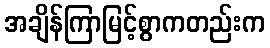
အချိန်ကြာမြင့်စွာကတည်းက